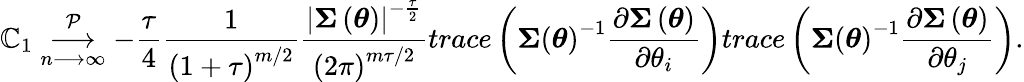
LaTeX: \mathbb{C}_{1}\underset{n\longrightarrow\infty}{\overset{\mathcal{{P}}}{\longrightarrow}}-\frac{{\tau}}{{4}}\frac{{1}}{{\left(1+\tau\right)^{m/2}}}\frac{{\left\vert\boldsymbol{\Sigma}\left(\boldsymbol{\theta}\right)\right\vert^{-\frac{{\tau}}{{2}}}}}{{\left(2\pi\right)^{m\tau/2}}}trace\left(\boldsymbol{\Sigma}\left(\boldsymbol{\theta}\right)^{-1}\frac{{\partial\boldsymbol{\Sigma}\left(\boldsymbol{\theta}\right)}}{{\partial\theta_{i}}}\right)trace\left(\boldsymbol{\Sigma}\left(\boldsymbol{\theta}\right)^{-1}\frac{{\partial\boldsymbol{\Sigma}\left(\boldsymbol{\theta}\right)}}{{\partial\theta_{j}}}\right).